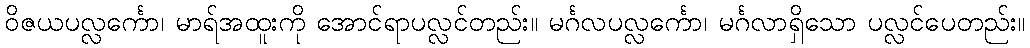
ဝိဇယပလ္လင်္ကော၊ မာရ်အထူးကို အောင်ရာပလ္လင်တည်း။ မင်္ဂလပလ္လင်္ကော၊ မင်္ဂလာရှိသော ပလ္လင်ပေတည်း။